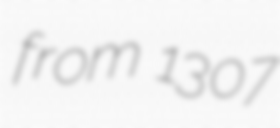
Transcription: from 1307